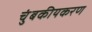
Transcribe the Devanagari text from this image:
चुंबकीयकरण